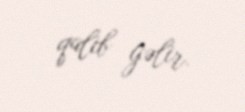
qalib gəlir.